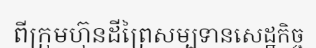
ពីក្រុមហ៊ុនដីព្រៃសម្បទានសេដ្ឋកិច្ច